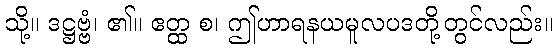
သို့။ ဒဋ္ဌဗ္ဗံ၊ ၏။ ဧတ္ထ စ၊ ဤဟာရနယမူလပဒတို့တွင်လည်း။